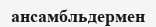
ансамбльдермен